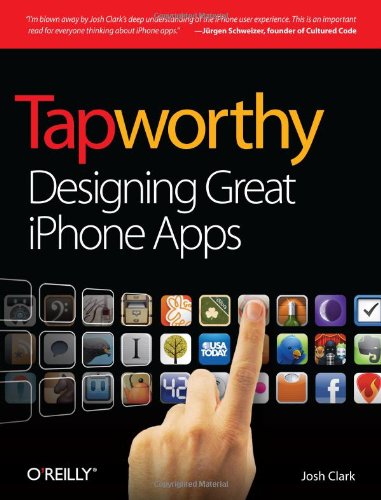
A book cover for Tapworthy: Designing Great iPhone Apps; Josh Clark; Computers & Technology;